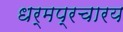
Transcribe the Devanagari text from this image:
धर्मप्रचारय